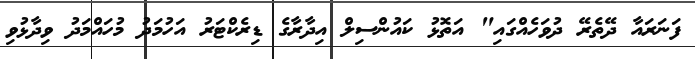
ފަނަރައާ ދޭތެރޭ ދުވަހެއްގައި" އަތޮޅު ކައުންސިލް އިދާރާގެ ޑިރެކްޓަރު އަހުމަދު މުހައްމަދު ވިދާޅުވި